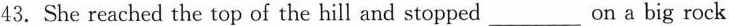
43. She reached the top of the hill and stopped ___ on a big rock